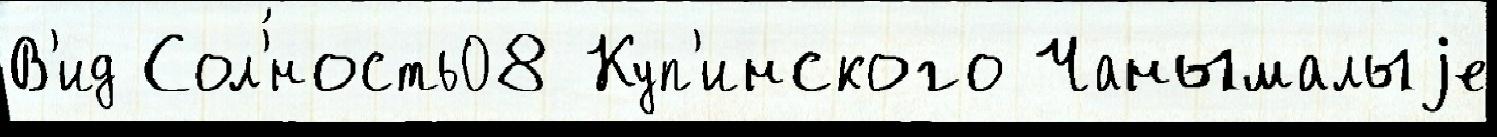
В'ид Сол'́ность08 Куп'инского Чанымалыjе